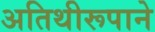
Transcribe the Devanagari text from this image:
अतिथीरूपाने